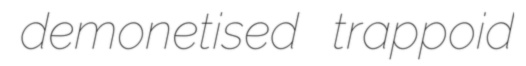
demonetised trappoid